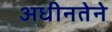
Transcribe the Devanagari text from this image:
अधीनतेने